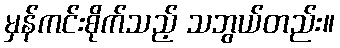
မှန်ကင်းစိုက်သည့် သဘွယ်တည်း။